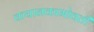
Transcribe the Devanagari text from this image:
कथानकाभोवती